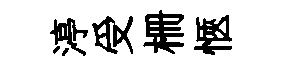
渟受栅愜